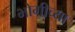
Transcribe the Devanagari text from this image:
भोगीच्या